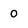
Character: o